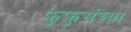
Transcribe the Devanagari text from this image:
फुफुसंच्या